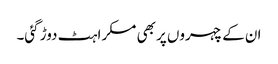
ان کے چہروں پر بھی مسکراہٹ دوڑ گئی۔